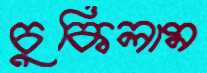
চুকিলাম